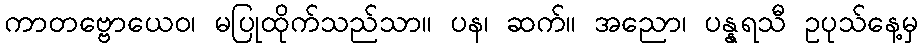
ကာတဗ္ဗောယေဝ၊ မပြုထိုက်သည်သာ။ ပန၊ ဆက်။ အညော၊ ပန္နရသီ ဥပုသ်နေ့မှ